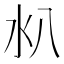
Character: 𣱺